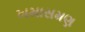
ખમાસમણ